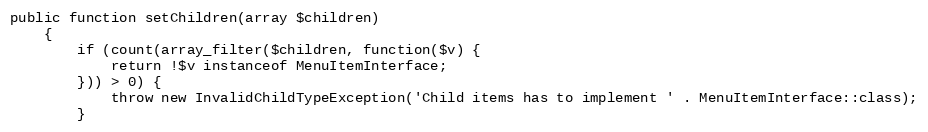
Language: PHP
public function setChildren(array $children)
    {
        if (count(array_filter($children, function($v) {
            return !$v instanceof MenuItemInterface;
        })) > 0) {
            throw new InvalidChildTypeException('Child items has to implement ' . MenuItemInterface::class);
        }